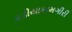
કડીયાકામગીરી